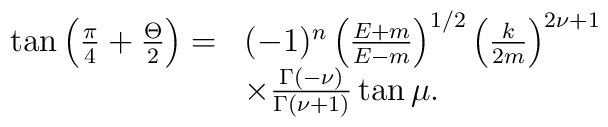
\begin{array}{rl}\tan\left(\frac{\pi}{4}+\frac{\Theta}{2} \right) = & (-1)^n \left(\frac{E+m}{E-m}\right)^{1/2}\left(\frac{k}{2m}\right)^{2\nu+1}\\& \times\frac{\Gamma(-\nu)}{\Gamma(\nu+1)}\tan\mu .\end{array}